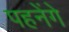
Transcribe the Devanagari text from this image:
पहनेंगे